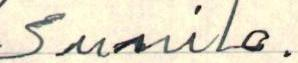
Sunila.